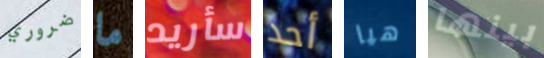
ضروري ما سأريد أحد هيا بينها